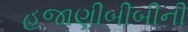
હજાણીબીબીની